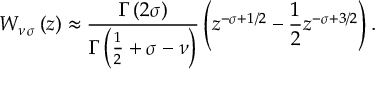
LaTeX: W _ { \nu \, \sigma } \left( z \right) \approx \frac { \Gamma \left( 2 \sigma \right) } { \Gamma \left( \frac { 1 } { 2 } + \sigma - \nu \right) } \left( z ^ { - \sigma + 1 / 2 } - \frac { 1 } { 2 } z ^ { - \sigma + 3 / 2 } \right) .